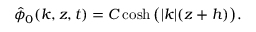
\hat { \phi } _ { 0 } ( k , z , t ) = C \cosh \big ( | k | ( z + h ) \big ) .